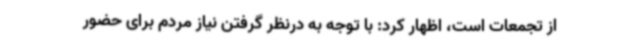
از تجمعات است، اظهار کرد: با توجه به درنظر گرفتن نیاز مردم برای حضور